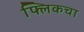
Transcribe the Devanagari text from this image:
फ्लिकचा